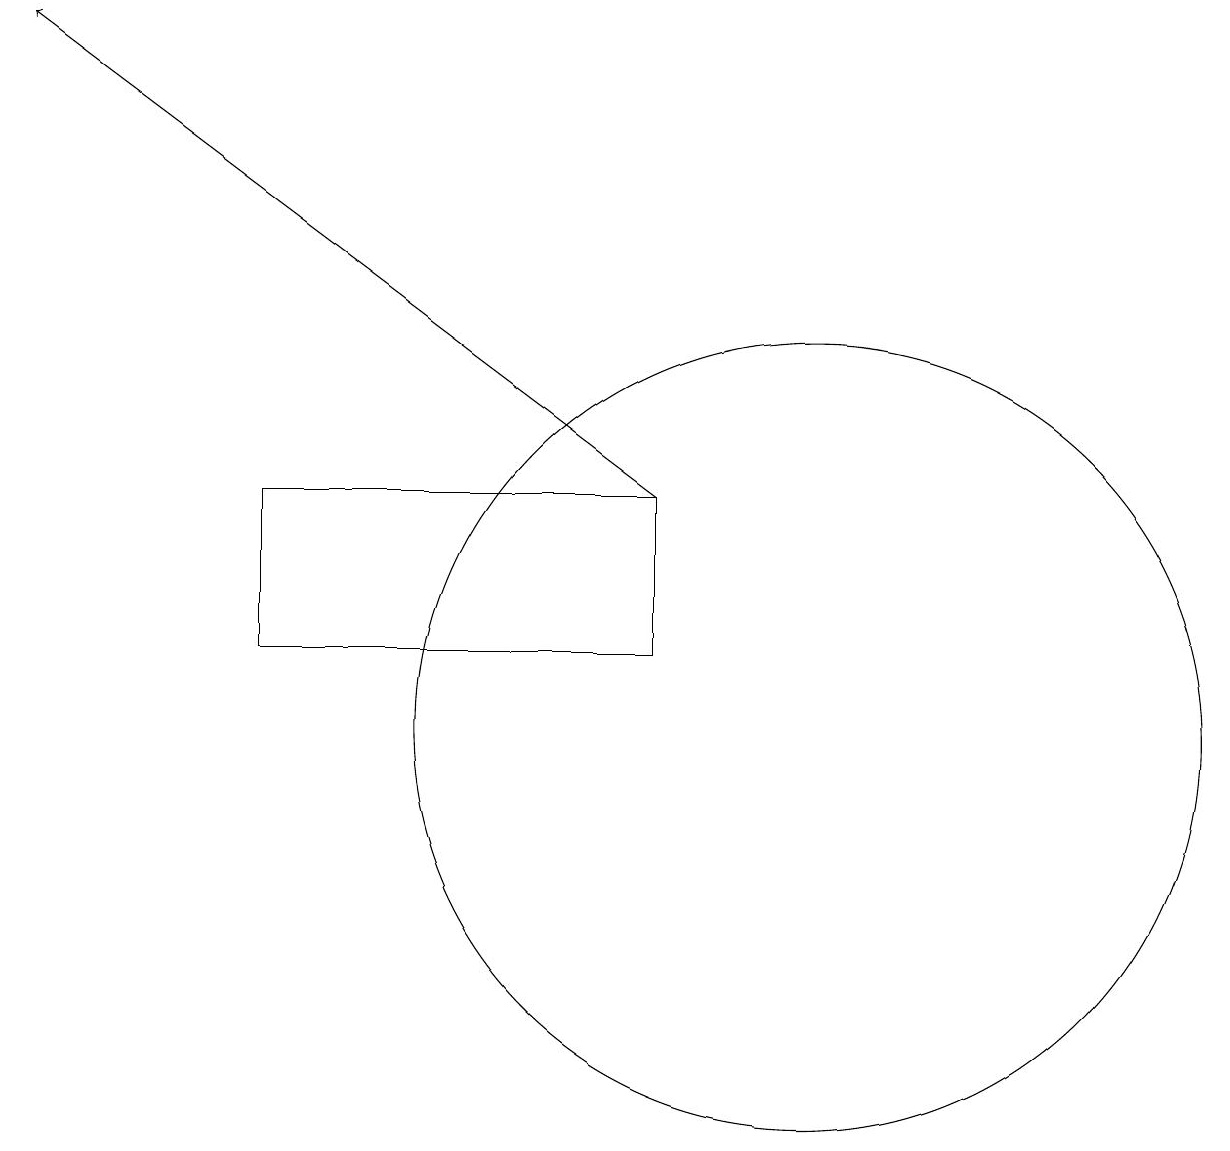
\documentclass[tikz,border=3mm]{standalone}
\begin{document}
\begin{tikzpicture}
\draw[->] (9,13) -- (1,19);
\draw (11,10) circle (5);
\draw (9,13) rectangle (4,11);
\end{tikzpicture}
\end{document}